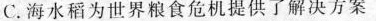
C. 海水稻为世界粮食危机提供了解决方案